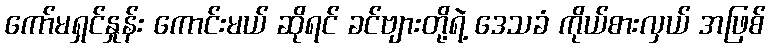
ကော်မရှင်နှုန်း ကောင်းမယ် ဆိုရင် ခင်ဗျားတို့ရဲ့ ဒေသခံ ကိုယ်စားလှယ် အဖြစ်